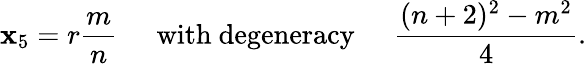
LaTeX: \mathbf{x}_{5}=r\frac{{m}}{{n}}\; \; \; \; \; \mathrm{{with\ degeneracy}}\; \; \; \; \; \frac{{(n+2)^{2}-m^{2}}}{{4}}.